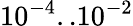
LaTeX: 10^{-4}..10^{-2}